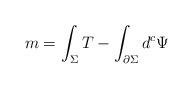
LaTeX: \begin{align*}m=\int_{\Sigma }T-\int_{\partial \Sigma }d^{c}\Psi \end{align*}